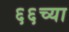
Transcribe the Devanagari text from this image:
६६च्या